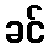
ခင်